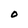
Character: 0